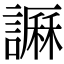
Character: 𧬎